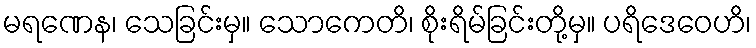
မရဏေန၊ သေခြင်းမှ။ သောကေတိ၊ စိုးရိမ်ခြင်းတို့မှ။ ပရိဒေဝေဟိ၊